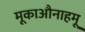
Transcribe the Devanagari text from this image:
मूकाऔनाहमू